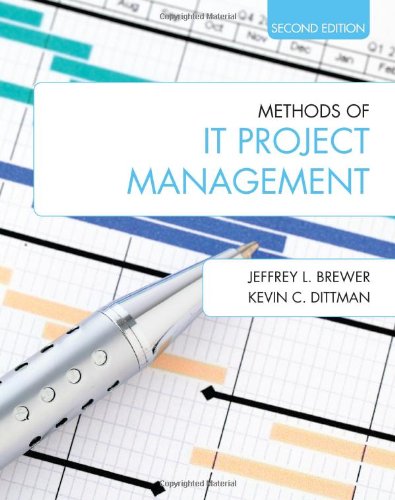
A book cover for Methods of IT Project Management (Second Edition); Jeffrey L. Brewer; Business & Money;